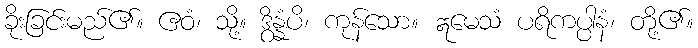
ခိုးခြင်းမည်၏။ ဧဝံ၊ သို့။ ဒွိန္နံပိ၊ ကုန်သော။ ဣမေသံ ပရိကပ္ပါနံ၊ တို့၏။